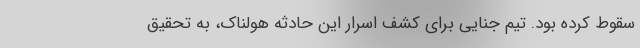
سقوط کرده بود. تیم جنایی برای کشف اسرار این حادثه هولناک، به تحقیق